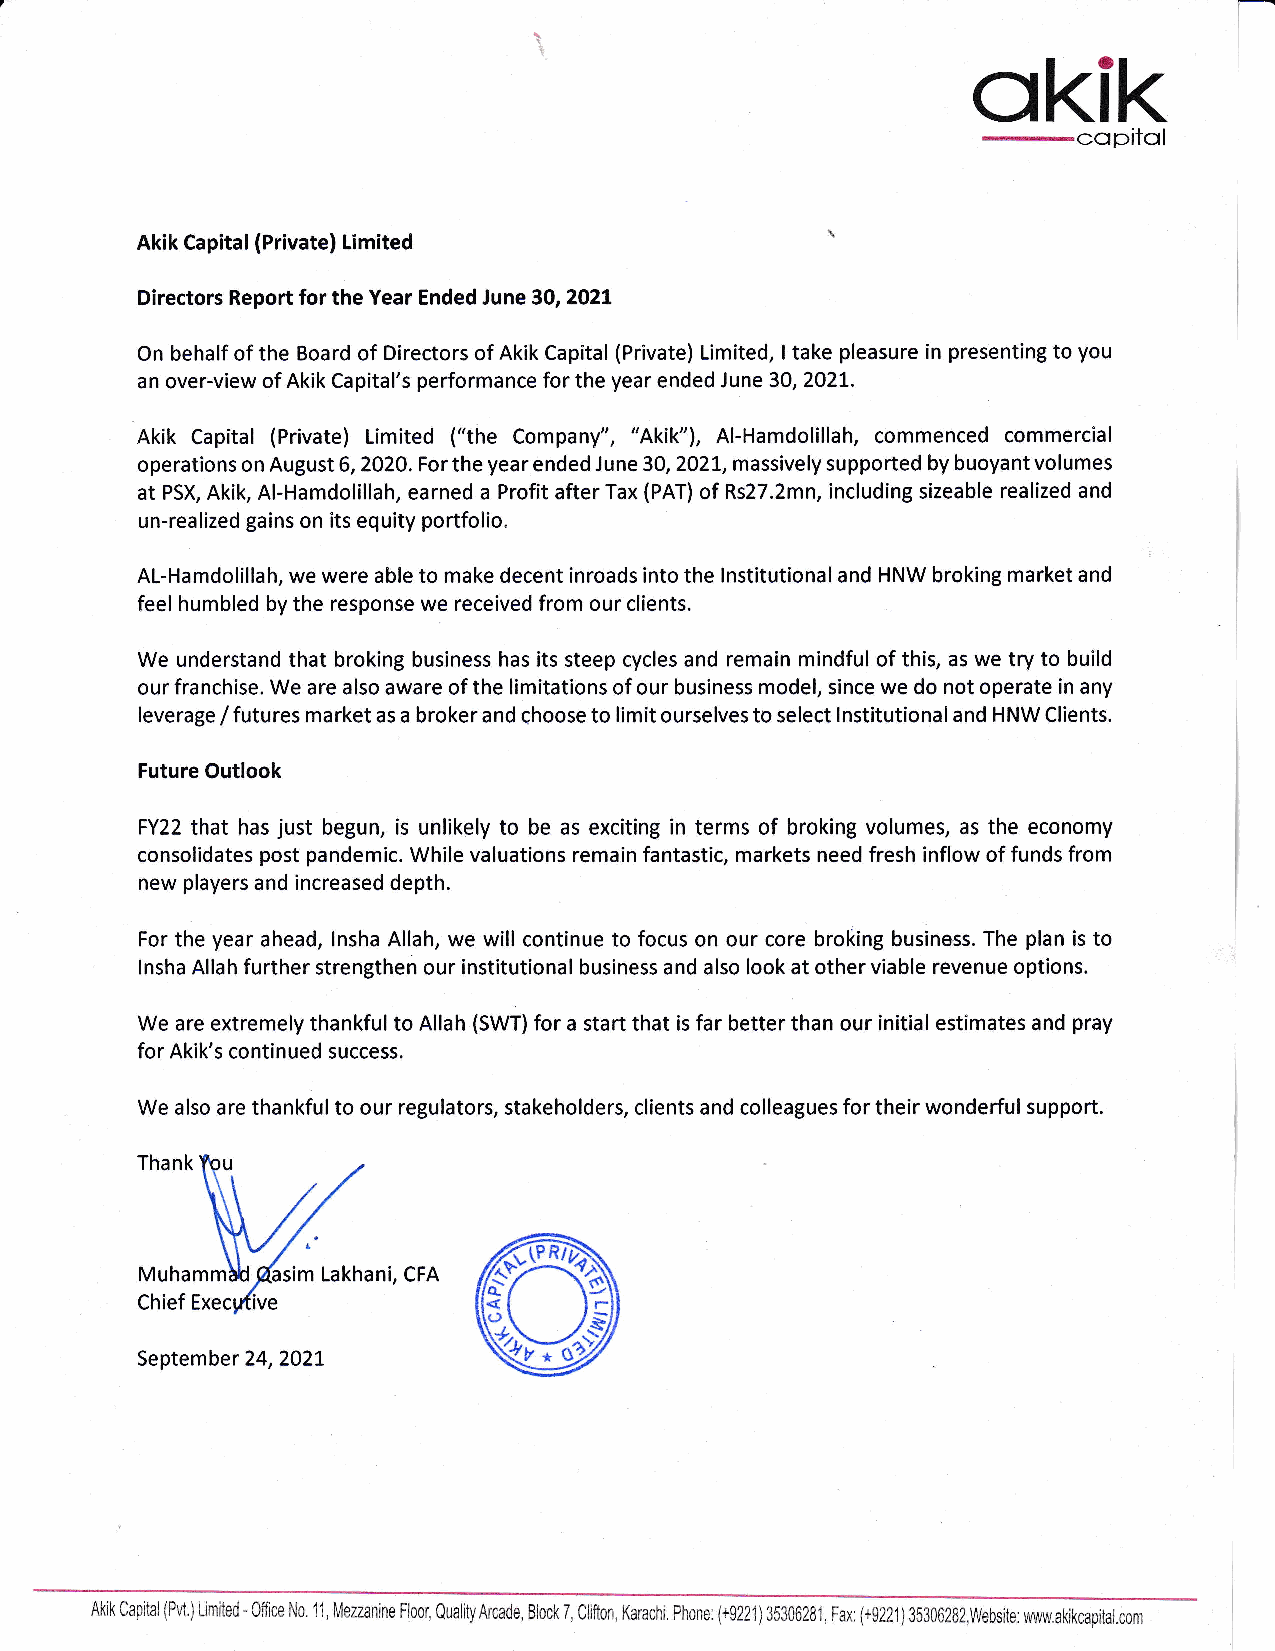
\
 t                           ctkik
 -copitol
 Akik Capital (Private) Limited
 Directors Report for the Year Ended June 30, 2021
 On behalf of the Board of Directors of Akik Capital (Private) Limited, ltake pleasure in presenting to you
 an over-view of Akik Capital's performance for the year ended June 30, 2021.
 Akik Capital (Private) Limited ("the Company", "Akik"), Al-Hamdolillah, commenced commercial
 operations on August 6,2020. For the yea r ended J une 30, 2021, massively supported by buoya nt volumes
 at PSX, Akik, Al-Hamdolillah, earned a Profit after Tax (PAT) of Rs27.2mn, including sizeable realized and
 un-realized gains on its equity portfolio.
 AL-Hamdolillah, we were able to make decent inroads into the lnstitutional and HNW broking market and
 feel humbled by the response we received from our clients.
 We understand that broking business has its steep cycles and remain mindful of this, as we try to build
 our franchise. We are also aware of the limitations of our business model, since we do not operate in any
 leverage / futures market as a broker and choose to limit ourselves to select lnstitutional and HNW Clients.
 Future Outlook
 FY22 that has just begun, is unlikely to be as exciting in terms of broking volumes, as the economy
 consolidates post pandemic. While valuations remain fantastic, markets need fresh inflow of funds from
 new players and increased depth.
 For the year ahead, lnsha Allah, we will continue to focus on our core broking business. The plan is to
 lnsha Allah further strengthen our institutional business and also look at other viable revenue options.
 We are extremely thankful to Allah (SVW) for a start that is far better than our initial estimates and pray
 for Akik's continued success.
 We also are thankful to our regulators, stakeholders, clients and colleagues for their wonderful support
 Thank
 Muha       m Lakhani, CFA
 Chief
 September 24,2021
 Akik Capital (Pvt.) Limited- 0ffrce No. 11, Mezzanine Floor, QualityArcade, Block 7, CIifton, Karachi. Phone: (+9221) 3S306281, Fax (+9221) 353062S2,Website: uww.akikcapital.com